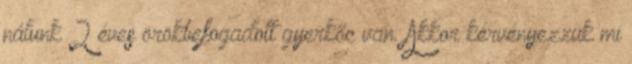
nálunk 2 éves örökbefogadott gyerkőc van. Akkor kérvényezzük mi